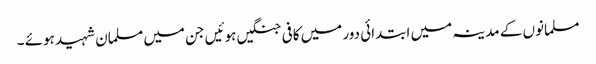
مسلمانوں کے مدینہ میں ابتدائی دور میں کافی جنگیں ہوئیں جن میں مسلمان شہید ہوئے ۔